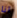
انا